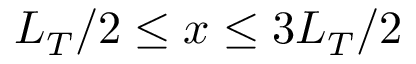
L _ { T } / 2 \leq x \leq 3 L _ { T } / 2